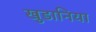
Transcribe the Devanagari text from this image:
खुडानिया